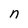
Character: n